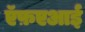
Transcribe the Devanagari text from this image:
ऍफ़एआई